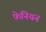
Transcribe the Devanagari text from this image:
फेनियन